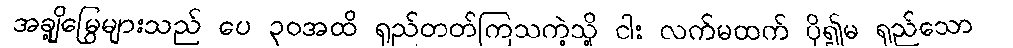
အချို့မြွေများသည် ပေ ၃၀အထိ ရှည်တတ်ကြသကဲ့သို့ ငါး လက်မထက် ပို၍မ ရှည်သော